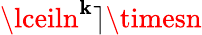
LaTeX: \lceiln^{\mathbf{k}}\rceil\timesn